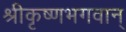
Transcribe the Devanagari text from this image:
श्रीकृष्णभगवान्